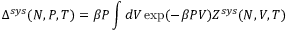
\Delta ^ { s y s } ( N , P , T ) = \beta P \int d V \exp ( - \beta P V ) Z ^ { s y s } ( N , V , T )